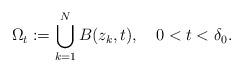
LaTeX: \begin{align*}\Omega_t:=\bigcup^N_{k=1}B(z_k,t),\ \ \ 0<t<\delta_0.\end{align*}